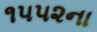
૧૫૫૨ના